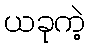
ယခုကဲ့